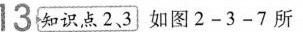
13知识点2，3]如图2-3-7所